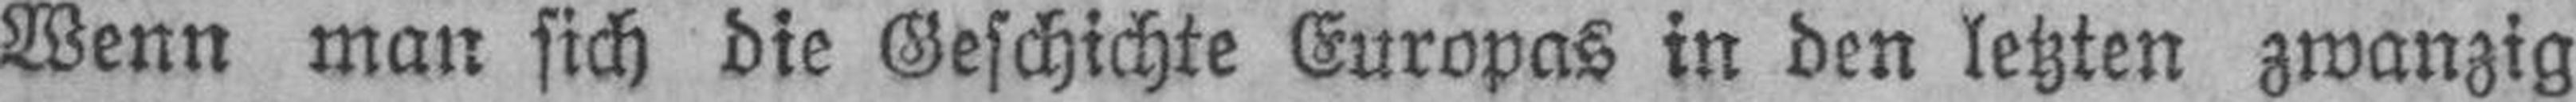
Wenn man sich die Geschichte Europas in den letzten zwanzig